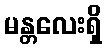
မန္တလေးရှိ